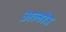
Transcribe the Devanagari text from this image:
अल्होत्र